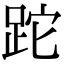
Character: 跎